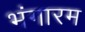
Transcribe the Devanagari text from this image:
भंगारम